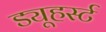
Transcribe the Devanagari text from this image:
ड्यूहर्स्ट